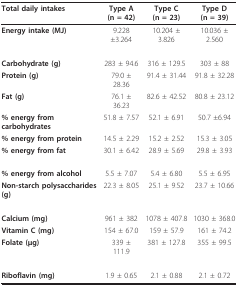
| Total daily intakes | Type A(n = 42) | Type C(n = 23) | Type D(n = 39) |
 | --- | --- | --- | --- |
 | Energy intake (MJ) | 9.228 ±3.264 | 10.204 ± 3.826 | 10.036 ± 2.560 |
 | Carbohydrate (g) | 283 ± 94.6 | 316 ± 129.5 | 303 ± 88 |
 | Protein (g) | 79.0 ± 28.36 | 91.4 ± 31.44 | 91.8 ± 32.28 |
 | Fat (g) | 76.1 ± 36.23 | 82.6 ± 42.52 | 80.8 ± 23.12 |
 | % energy from carbohydrates | 51.8 ± 7.57 | 52.1 ± 6.91 | 50.7 ±6.94 |
 | % energy from protein | 14.5 ± 2.29 | 15.2 ± 2.52 | 15.3 ± 3.05 |
 | % energy from fat | 30.1 ± 6.42 | 28.9 ± 5.69 | 29.8 ± 3.93 |
 | % energy from alcohol | 5.5 ± 7.07 | 5.4 ± 6.80 | 5.5 ± 6.95 |
 | Non-starch polysaccharides (g) | 22.3 ± 8.05 | 25.1 ± 9.52 | 23.7 ± 10.66 |
 | Calcium (mg) | 961 ± 382 | 1078 ± 407.8 | 1030 ± 368.0 |
 | Vitamin C (mg) | 154 ± 67.0 | 159 ± 57.9 | 161 ± 74.2 |
 | Folate (μg) | 339 ± 111.9 | 381 ± 127.8 | 355 ± 99.5 |
 | Riboflavin (mg) | 1.9 ± 0.65 | 2.1 ± 0.88 | 2.1 ± 0.72 |